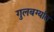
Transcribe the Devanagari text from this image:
गुलबर्ग्यात